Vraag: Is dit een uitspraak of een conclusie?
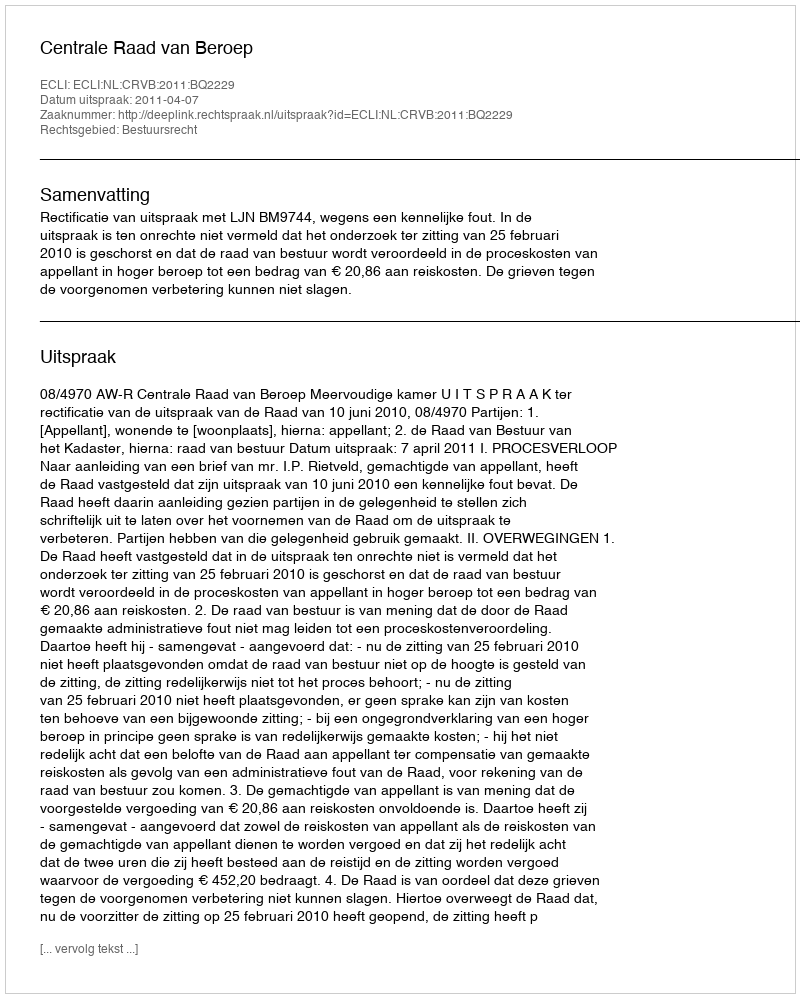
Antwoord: Uitspraak